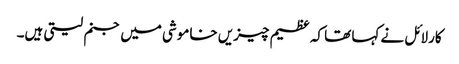
کارلائل نے کہا تھا کہ عظیم چیزیں خاموشی میں جنم لیتی ہیں۔